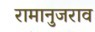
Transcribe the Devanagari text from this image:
रामानुजराव